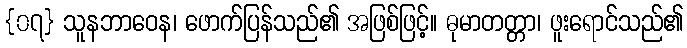
{၀၇} သူနဘာဝေန၊ ဖောက်ပြန်သည်၏ အဖြစ်ဖြင့်။ ဓုမာတတ္တာ၊ ဖူးရောင်သည်၏